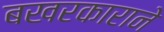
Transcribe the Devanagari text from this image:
बखरकाराने